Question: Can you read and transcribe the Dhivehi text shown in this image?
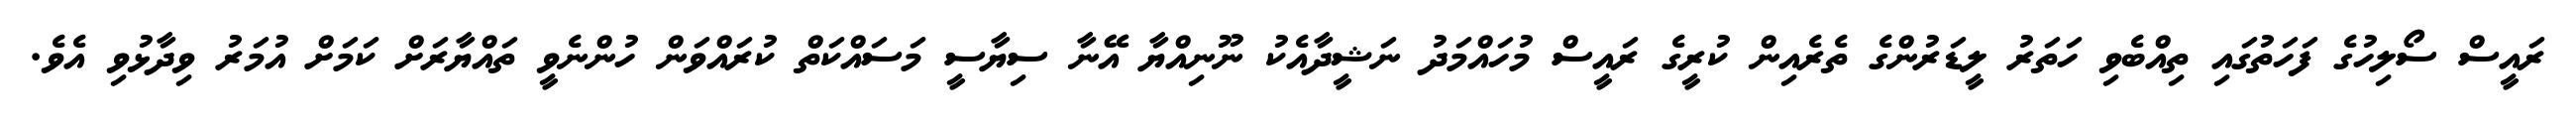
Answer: ރައީސް ސޯލިހުގެ ފަހަތުގައި ތިއްބެވި ހަތަރު ލީޑަރުންގެ ތެރެއިން ކުރީގެ ރައީސް މުހައްމަދު ނަޝީދާއެކު ނޫނިއްޔާ އޭނާ ސިޔާސީ މަސައްކަތް ކުރައްވަން ހުންނެވީ ތައްޔާރަށް ކަމަށް އުމަރު ވިދާޅުވި އެވެ.